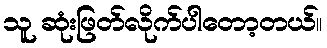
သူ ဆုံးဖြတ်လိုက်ပါတော့တယ်။